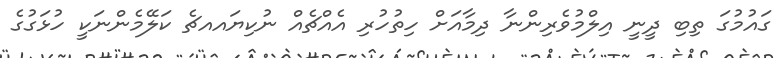
ގައުމުގަ ތިބި ދީނީ އިލްމުވެރިންނާ ދިމާއަށް ހިތުހުރި އެއްޗެއް ނުކިޔައއޗެ ކަލޭމެންނަކީ ހުޅަގުގެ